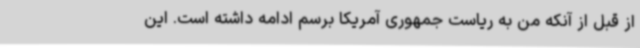
از قبل از آنکه من به ریاست جمهوری آمریکا برسم ادامه داشته است. این